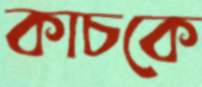
কাচকে